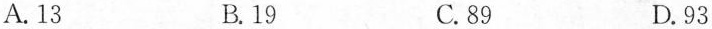
A.13 B.19 C.89 D.93